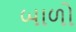
બાળો